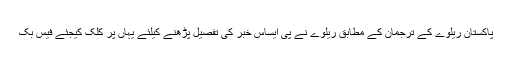
پاکستان ریلوے کے ترجمان کے مطابق ریلوے نے پی ایساس خبر کی تفصیل پڑھنے کیلئے یہاں پر کلک کیجئے فیس بک